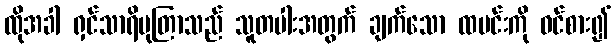
ထိုအခါ ရှင်သာရိပုတြာသည် သူတပါးအတွက် ချက်သော ထမင်းကို ဝင်စား၍